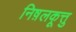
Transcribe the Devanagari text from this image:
निष़लकूत्तु